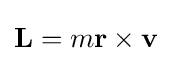
\mathbf {L} =m\mathbf {r} \times \mathbf {v}